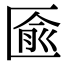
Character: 匬